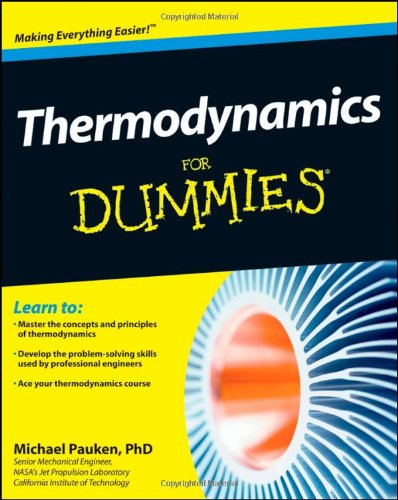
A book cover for Thermodynamics For Dummies; Mike Pauken; Science & Math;